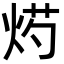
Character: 烵